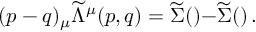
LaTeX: ( p - q ) _ { \mu } { \widetilde { \Lambda } } ^ { \mu } ( p , q ) = \widetilde { \Sigma } ( \not { p } ) - \widetilde { \Sigma } ( \not { q } ) \, .